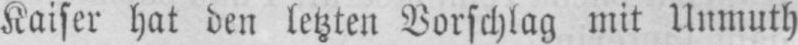
Kaiser hat den letzten Vorschlag mit Unmuth